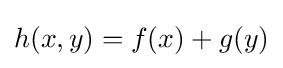
h(x,y)=f(x)+g(y)